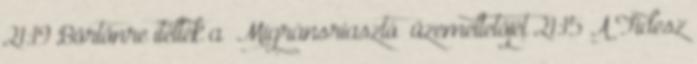
21:19 Börtönre ítélték a „Migránsriasztó” üzemeltetőjét 21:15 A Fidesz